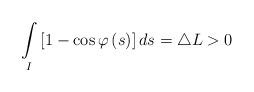
LaTeX: \begin{align*}\underset{I}{\int }\left[1-\cos \varphi \left( s\right) \right]ds=\triangle L>0 \end{align*}